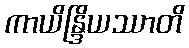
ကာယိန္ဒြိယဿာတိ